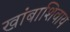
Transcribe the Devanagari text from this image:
खांबाशिवाय